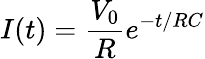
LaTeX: I(t)=\frac{V_{0}}{R}e^{-t/RC}